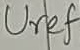
Text: Uref